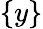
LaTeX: \{ y\}